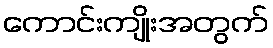
ကောင်းကျိုးအတွက်